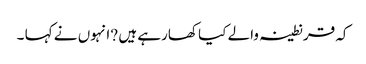
کہ قرنطینہ والے کیا کھارہے ہیں ?انہوں نے کہا ۔